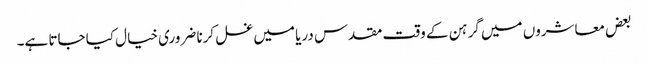
بعض معاشروں میں گرہن کے وقت مقدس دریا میں غسل کرنا ضروری خیال کیا جاتا ہے۔